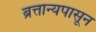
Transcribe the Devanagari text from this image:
ब्रत्तान्यपासून